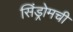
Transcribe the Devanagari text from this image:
सिंड्रोमची